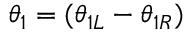
\theta _ { 1 } = ( \theta _ { 1 L } - \theta _ { 1 R } )